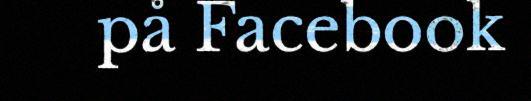
på Facebook